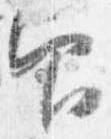
印